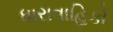
ધારાવાહિકો